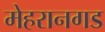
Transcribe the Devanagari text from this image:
मेहरानगड